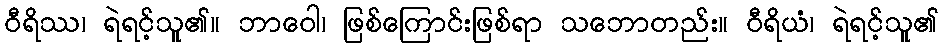
ဝီရိဿ၊ ရဲရင့်သူ၏။ ဘာဝေါ၊ ဖြစ်ကြောင်းဖြစ်ရာ သဘောတည်း။ ဝီရိယံ၊ ရဲရင့်သူ၏